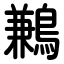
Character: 鶼